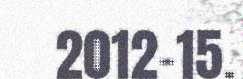
2012-15.